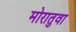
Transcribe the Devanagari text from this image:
मोरातुवा